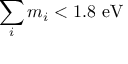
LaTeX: \sum _ { i } m _ { i } < 1 . 8 \mathrm { ~ e V }